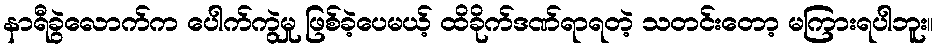
နာရီခွဲလောက်က ပေါက်ကွဲမှု ဖြစ်ခဲ့ပေမယ့် ထိခိုက်ဒဏ်ရာရတဲ့ သတင်းတော့ မကြားရပါဘူး။